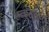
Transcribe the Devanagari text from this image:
हळूहळ